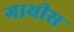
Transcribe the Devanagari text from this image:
गायीस